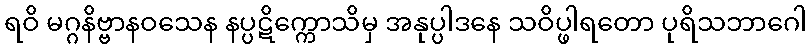
ရဝိ မဂ္ဂနိဗ္ဗာနဝသေန နပ္ပဋိက္ကောသိမှ အနုပ္ပါဒနေ သဝိပ္ဖါရတော ပုရိသဘာဂေါ